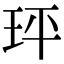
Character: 玶